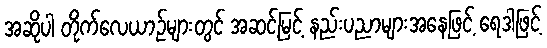
အဆိုပါ တိုက်လေယာဉ်များတွင် အဆင့်မြင့် နည်းပညာများအနေဖြင့် ရေဒါဖြင့်